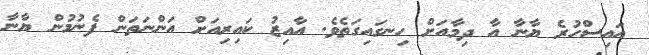
އައިސްހުރެ ޔާނާ އާ ދިމާއަށް ހިނގައިގަތެވެ. އާއިޒު ކައިރިއަށް އަންނަތަން ފެނުމުން ޔާނާ